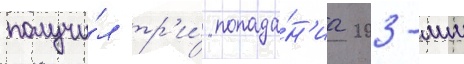
получи́л тр'и́ попада́н'иа 203-мм